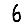
Digit: 6